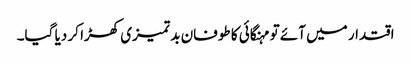
اقتدار میں آئے تو مہنگائی کا طوفان بد تمیزی کھڑا کر دیا گیا۔